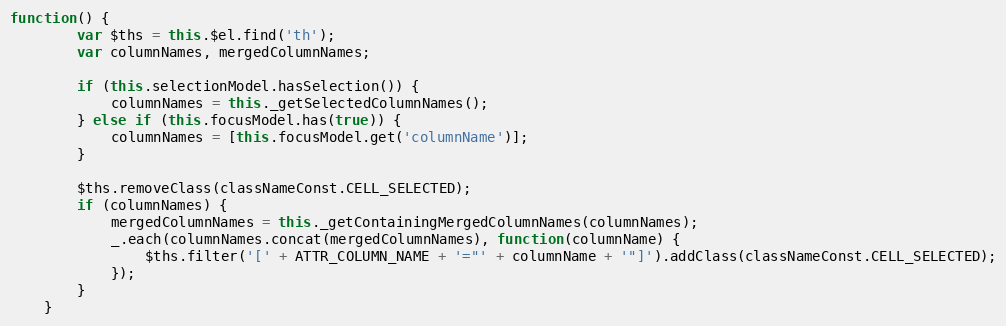
Language: JavaScript
function() {
        var $ths = this.$el.find('th');
        var columnNames, mergedColumnNames;

        if (this.selectionModel.hasSelection()) {
            columnNames = this._getSelectedColumnNames();
        } else if (this.focusModel.has(true)) {
            columnNames = [this.focusModel.get('columnName')];
        }

        $ths.removeClass(classNameConst.CELL_SELECTED);
        if (columnNames) {
            mergedColumnNames = this._getContainingMergedColumnNames(columnNames);
            _.each(columnNames.concat(mergedColumnNames), function(columnName) {
                $ths.filter('[' + ATTR_COLUMN_NAME + '="' + columnName + '"]').addClass(classNameConst.CELL_SELECTED);
            });
        }
    }